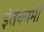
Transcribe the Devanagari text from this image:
इंतकामी